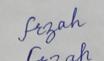
Signature authenticity: forged